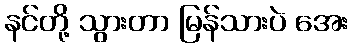
နင်တို့ သွားတာ မြန်သားပဲ အေး